Civil Veterinary Department. United Provinces 1923-31 - 1923-1931
Year: 1923
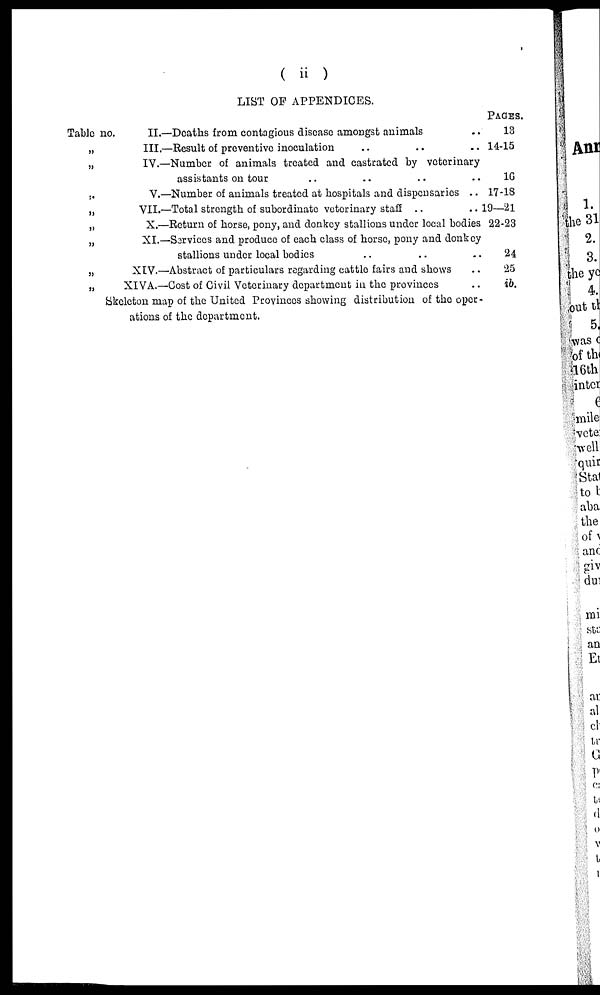
( ii )
Table no.
„
„
„
„
„
„
„
„
LIST OF APPENDICES.
II.—Deaths from contagious disease amongst animals
III.—Result of preventive inoculation „
IV.—Number of animals treated and castrated by veterinary
assistants on tour
V.—Number of animals treated at hospitals and dispensaries ..
VII.—Total strength of subordinate veterinary staff ..
..
X.—Return of horse, pony, and donkey stallions under local bodies
XI.— Services and produce of each class of horse, pony and donkey
stallions under local bodies
XIV.—Abstract of particulars regarding cattle fairs and shows
XIVA.—Cost of Civil Veterinary department in the provinces
Skelcton map of the United Provinces showing distribution of the oper-
PAGES.
13
14-15
16
17-18
19—21
22-23
24
25
ib.